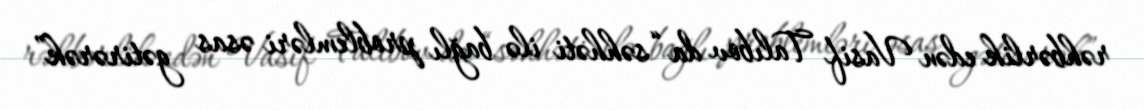
rəhbərlik edən Vasif Talıbov da “səhhəti ilə bağlı problemləri əsas gətirərək”